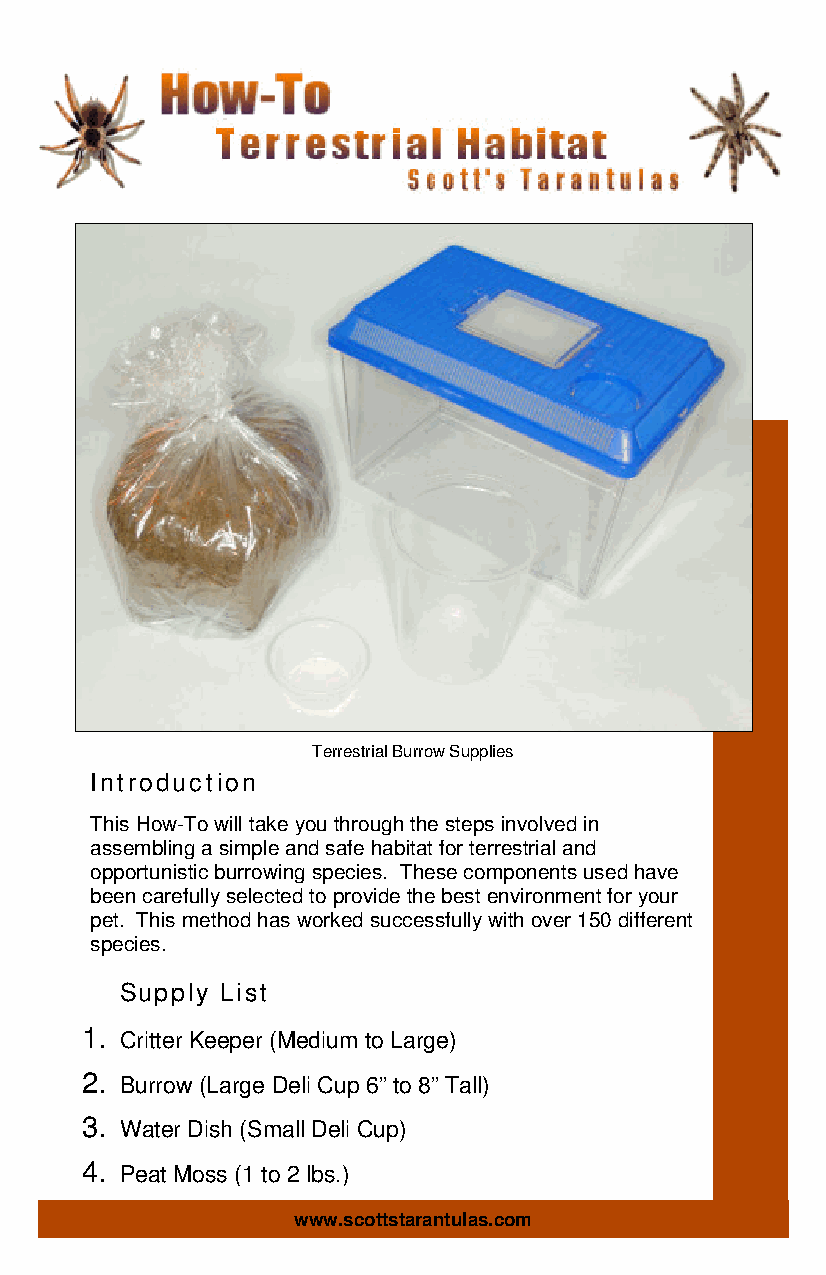
Terrestrial Burrow Supplies
 Introduction
 This How-To will take you through the steps involved in
 assembling a simple and safe habitat for terrestrial and
 opportunistic burrowing species. These components used have
 been carefully selected to provide the best environment for your
 pet. This method has worked successfully with over 150 different
 species.
 Supply List
 1. Critter Keeper (Medium to Large)
 2. Burrow (Large Deli Cup 6” to 8” Tall)
 3. Water Dish (Small Deli Cup)
 4. Peat Moss (1 to 2 lbs.)
 www.scottstarantulas.com